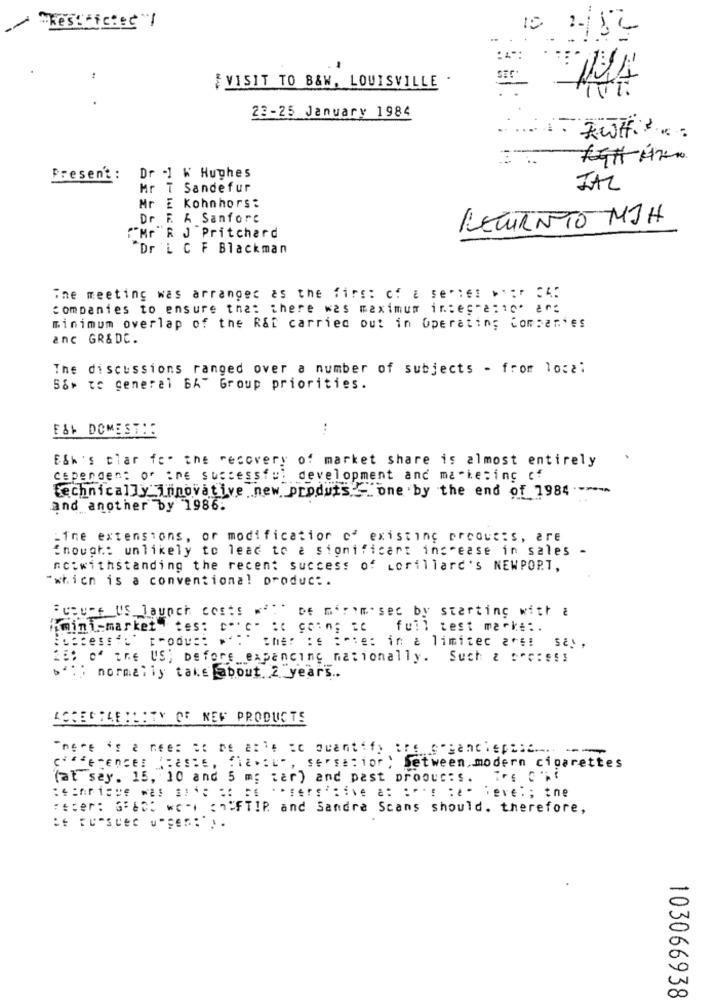
~~ "Restricted"1
10
#VISIT TO B&W, LOUISVILLE .
23-25 January 1984
Present :
Dr -1 W Hughes
Mr T Sandefur
IAL
Mr E Kohnhors:
Dr F. A Sanfore
RETURNTO MJH
"Mr R J Pritchard
Dr L C F Blackman
The meeting was arranged as the first of a sercet waar :4:
companies to ensure that there was maximum integra:to* arg
minimum overlap of the R&t carried out in Operating Companies
anc GR&DC.
The discussions ranged over a number of subjects - from local
58> te general BA" Group priorities.
F&+ DOMESTHE
E&h's char fc. the recovery of market share is almost entirely
cepengen: or ine successful development and marketing cf
technically innovative new produts ... one 'by the end of 1984 .-****
and another by 1986:
=ine extensions, or modification of existing products, are
though: unlikely to lead to a significant increase in sales -
nc:withstanding the recent success of Lorillard's NEWPOPT,
"which is a conventional product.
:coure US launch costs **
DE mirim sec by starting with a
(mini-market" tes: c. . c-
full test mache :.
Successfu' trodu ::
the: : s :"te: in & limitec are! sa .,
of the US; before expancing nationally. Such & sec:ess
normally take about 2 years ..
ASCHORAR: : : TV OF NEW PRODUCTS
c'""e"Ences ":as:e, "la .: "", serse : ior) between modern cigarettes
(at say. 15, 10 and 5 mg ter) and past proouc:s.
reser: Gibt wc-) chIFTIR and Sandra Scans should. therefore,
103066938